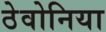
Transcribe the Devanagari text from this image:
ठेवोनिया